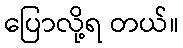
ပြောလို့ရ တယ်။